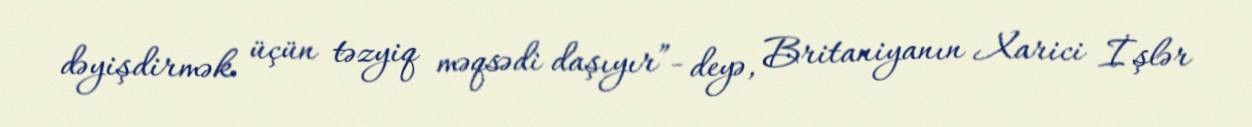
dəyişdirmək üçün təzyiq məqsədi daşıyır”- deyə, Britaniyanın Xarici İşlər